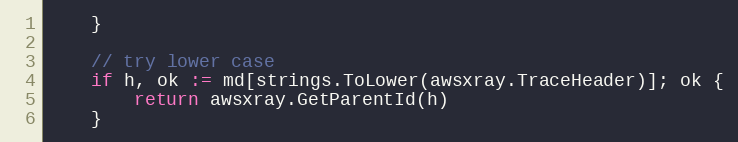
Language: Go
	}

	// try lower case
	if h, ok := md[strings.ToLower(awsxray.TraceHeader)]; ok {
		return awsxray.GetParentId(h)
	}